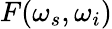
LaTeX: F(\omega_{s},\omega_{i})